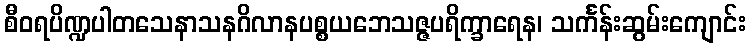
စီဝရပိဏ္ဍပါတသေနာသနဂိလာနပစ္စယဘေသဇ္ဇပရိက္ခာရေန၊ သင်္ကန်းဆွမ်းကျောင်း